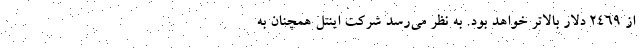
از ۲۴۶۹ دلار بالاتر خواهد بود. به نظر می‌رسد شرکت اینتل همچنان به